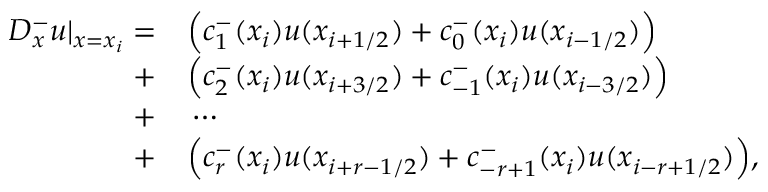
\begin{array} { r l } { D _ { x } ^ { - } u | _ { x = x _ { i } } = } & { { } \Big ( c _ { 1 } ^ { - } ( x _ { i } ) u ( x _ { i + 1 / 2 } ) + c _ { 0 } ^ { - } ( x _ { i } ) u ( x _ { i - 1 / 2 } ) \Big ) } \\ { + } & { { } \Big ( c _ { 2 } ^ { - } ( x _ { i } ) u ( x _ { i + 3 / 2 } ) + c _ { - 1 } ^ { - } ( x _ { i } ) u ( x _ { i - 3 / 2 } ) \Big ) } \\ { + } & { { } \cdots } \\ { + } & { { } \Big ( c _ { r } ^ { - } ( x _ { i } ) u ( x _ { i + r - 1 / 2 } ) + c _ { - r + 1 } ^ { - } ( x _ { i } ) u ( x _ { i - r + 1 / 2 } ) \Big ) , } \end{array}